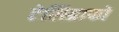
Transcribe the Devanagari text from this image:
टेलिग्राफों